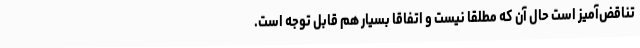
تناقض‌آمیز است حال آن که مطلقاً نیست و اتفاقا بسیار هم قابل توجه است.